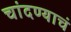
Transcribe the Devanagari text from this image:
चांदण्याचं